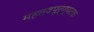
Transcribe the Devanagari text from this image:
महत्वपूर्ण्यटक